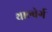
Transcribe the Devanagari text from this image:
थाल्बेर्ग